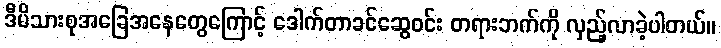
ဒီမိသားစုအခြေအနေတွေကြောင့် ဒေါက်တာခင်ဆွေဝင်း တရားဘက်ကို လှည့်လာခဲ့ပါတယ်။